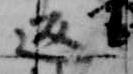
返